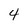
Character: 4